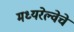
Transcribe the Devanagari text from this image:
मध्यरेल्वेचे